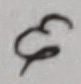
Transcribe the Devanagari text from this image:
अ